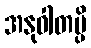
အနုဝါတမ္ပိ